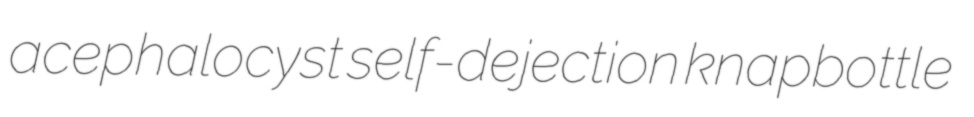
acephalocyst self-dejection knapbottle